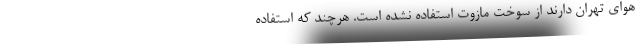
هوای تهران دارند از سوخت مازوت استفاده نشده است. هرچند که استفاده